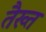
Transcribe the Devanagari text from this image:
तैख्त